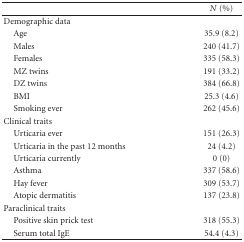
<table><thead><tr><td><b> </b></td><td><b><i>N</i> (%)</b></td></tr></thead><tbody><tr><td>Demographic data</td><td> </td></tr><tr><td> Age</td><td>35.9 (8.2)</td></tr><tr><td> Males</td><td>240 (41.7)</td></tr><tr><td> Females</td><td>335 (58.3)</td></tr><tr><td> MZ twins</td><td>191 (33.2)</td></tr><tr><td> DZ twins</td><td>384 (66.8)</td></tr><tr><td> BMI</td><td>25.3 (4.6)</td></tr><tr><td> Smoking ever</td><td>262 (45.6)</td></tr><tr><td>Clinical traits</td><td> </td></tr><tr><td> Urticaria ever</td><td>151 (26.3)</td></tr><tr><td> Urticaria in the past 12 months</td><td>24 (4.2)</td></tr><tr><td> Urticaria currently</td><td>0 (0)</td></tr><tr><td> Asthma</td><td>337 (58.6)</td></tr><tr><td> Hay fever</td><td>309 (53.7)</td></tr><tr><td> Atopic dermatitis</td><td>137 (23.8)</td></tr><tr><td>Paraclinical traits</td><td> </td></tr><tr><td> Positive skin prick test</td><td>318 (55.3)</td></tr><tr><td> Serum total IgE</td><td>54.4 (4.3)</td></tr></tbody></table>